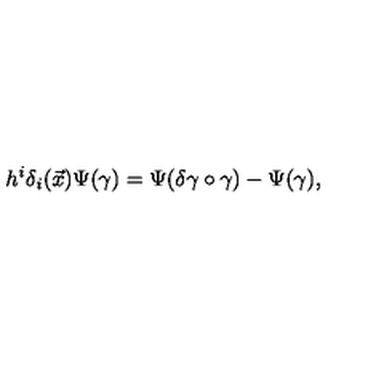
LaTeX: h ^ { i } \delta _ { i } ( \vec { x } ) \Psi ( \gamma ) = \Psi ( \delta \gamma \circ \gamma ) - \Psi ( \gamma ) ,